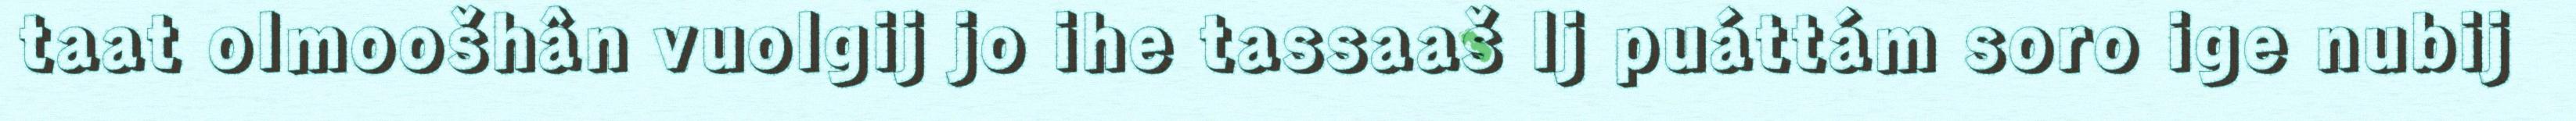
taat olmoošhân vuolgij jo ihe tassaaš Ij puáttám soro ige nubij